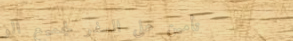
تأمين على السفر لجميع الو